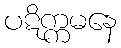
ပဋိက္ကမနေ